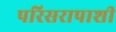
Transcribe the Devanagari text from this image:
परिसरापाशी